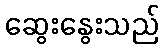
ဆွေးနွေးသည်